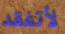
لأتفقد